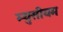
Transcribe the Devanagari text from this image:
म्युसीयम